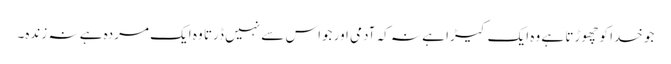
جو خدا کو چھوڑتا ہے وہ ایک کیڑا ہے نہ کہ آدمی اور جواس سے نہیں ڈرتا وہ ایک مردہ ہے نہ زندہ۔